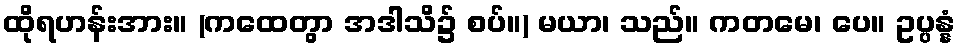
ထိုရဟန်းအား။ (ကထေတွာ အဒါသိ၌ စပ်။) မယာ၊ သည်။ ကတမေ၊ ပေ။ ဥပ္ပန္နံ